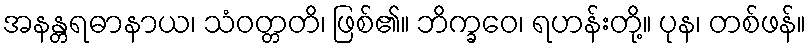
အနန္တရဓာနာယ၊ သံဝတ္တတိ၊ ဖြစ်၏။ ဘိက္ခဝေ၊ ရဟန်းတို့။ ပုန၊ တစ်ဖန်။